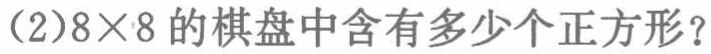
(2)$8\times 8$的棋盘中含有多少个正方形？